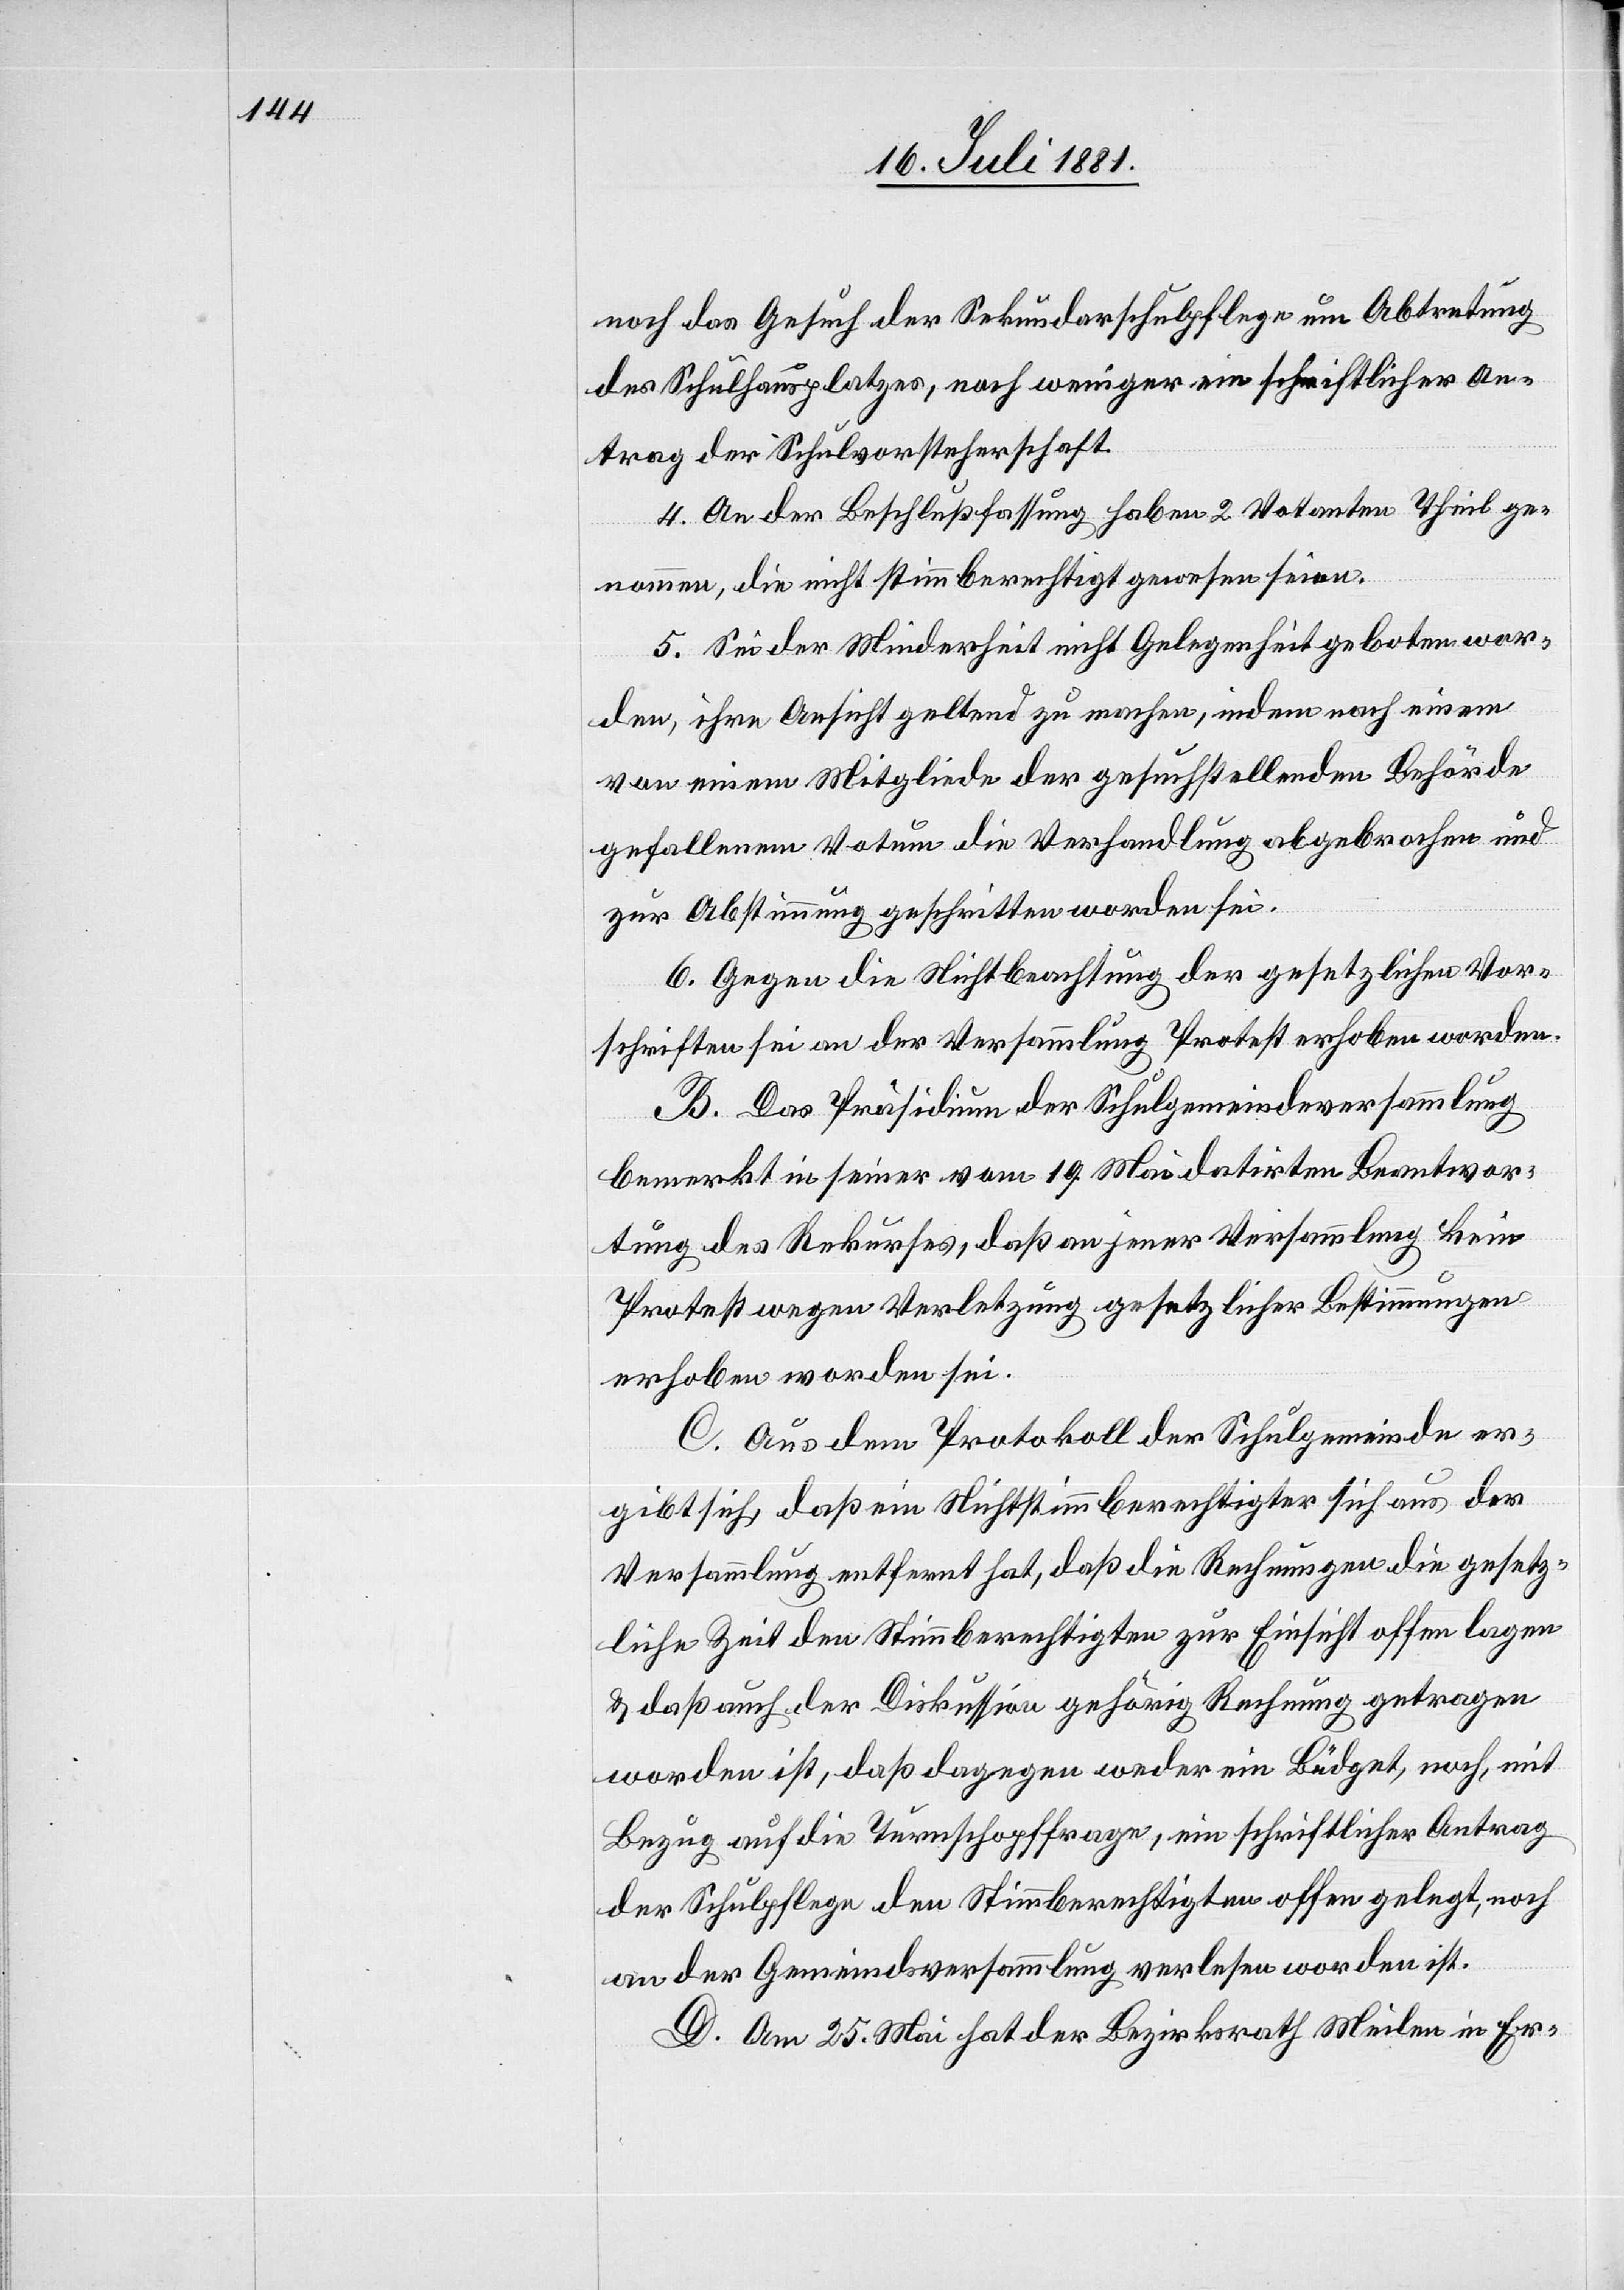
noch das Gesuch der Sekundarschulpflege um Abtretung
des Schulhausplatzes, noch weniger ein schriftlicher An¬
trag der Schulvorsteherschaft.
4. An der Beschlußfassung haben 2 Votanten Theil ge¬
nommen, die nicht stimmberechtigt gewesen seien.
5. Sei der Minderheit nicht Gelegenheit geboten wor¬
den, ihre Ansicht geltend zu machen, indem nach einem
von einem Mitgliede der gesuchstellenden Behörde
gefallenem Votum die Verhandlung abgebrochen und
zur Abstimmung geschritten worden sei.
6. Gegen die Nichtbeachtung der gesetzlichen Vor¬
schriften sei an der Versammlung Protest erhoben worden.
B. Das Präsidium der Schulgemeindeversammlung
bemerkt in seiner vom 14. Mai datirten Beantwor¬
tung des Rekurses, daß an jener Versammlung kein
Protest wegen Verletzung gesetzlicher Bestimmungen
erhoben worden sei.
C. Aus dem Protokoll der Schulgemeinde er¬
gibt sich, daß ein Nichtstimmberechtigter sich aus der
Versammlung entfernt hat, daß die Rechnungen die gesetz¬
liche Zeit den Stimmberechtigten zur Einsicht offen lagen
& daß auch der Diskussion gehörig Rechnung getragen
worden ist, daß dagegen weder ein Budget, noch, mit
Bezug auf die Turnschopffrage, ein schriftlicher Antrag
der Schulpflege den Stimmberechtigten offen gelegt worden
D. Am 25. Mai hat der Bezirksrath Meilen in Er-